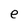
Character: e